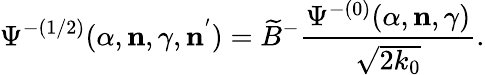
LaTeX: {\Psi}^{-(1/2)}(\alpha,{\mathbf n},\gamma,{\mathbf n}^{'})=\widetilde{B}^{-}\frac{{\Psi}^{-(0)}(\alpha,{\mathbf n},\gamma)}{\sqrt{2k_{0}}}.